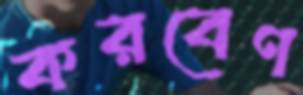
করবেণ